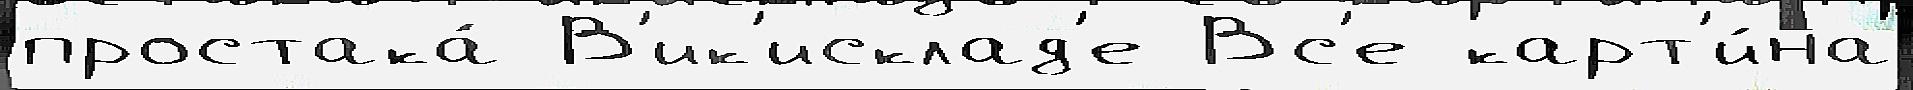
простака́ В'ик'исклад'е Вс'е карт'и́на